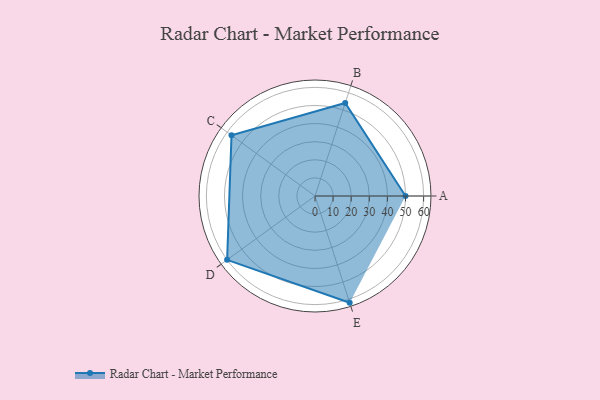
{"axis": {"x": "Skill", "y": "Score"}, "legend": ["Profile"], "data": [{"x": "A", "y": 50.0, "type": "Profile"}, {"x": "B", "y": 54.0, "type": "Profile"}, {"x": "C", "y": 57.0, "type": "Profile"}, {"x": "D", "y": 60.0, "type": "Profile"}, {"x": "E", "y": 62.0, "type": "Profile"}]}